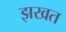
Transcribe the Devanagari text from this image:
झखत